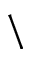
\backslash